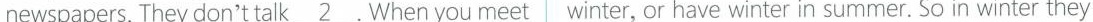
newspapers. They don't talk \underline{2}. When you meet |winter, or have winter in summer. So in winter they